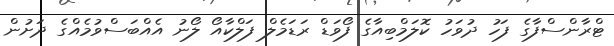
ޓްރާންސްފާގެ ފަހު ދުވަހު ކޮލަމްބިއާގެ ފޯވަޑް ރަޑަމެލް ފަލްކާއޯ ލޯނު އެއްބަސްވުމެއްގެ ދަށުން